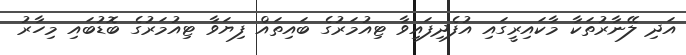
އަދި ލޭނާރުތަކާ މާކައިރީގައި އުފެދިފައިވާ ޓިއުމަރުގެ ބައިތައް ފިޔަވާ ޓިއުމަރުގެ ބޮޑުބައި މިހާރު